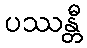
ပဿန္တီ